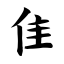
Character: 隹